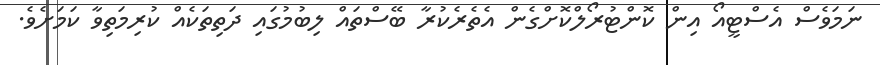
ނަމަވެސް އެސްޓީއޯ އިން ކޮންޓުރޯލްކޮށްގެން އެތެރެކުރާ ބޭސްތައް ލިބުމުގައި ދަތިތަކެއް ކުރިމަތިވާ ކަމަށެވެ.